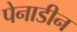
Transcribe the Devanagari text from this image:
पेनाडीन